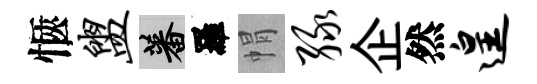
愜盥蕃羅㡌绿企然遑